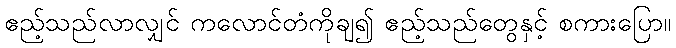
ဧည့်သည်လာလျှင် ကလောင်တံကိုချ၍ ဧည့်သည်တွေနှင့် စကားပြော။